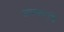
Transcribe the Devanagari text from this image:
जयकरांचे